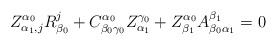
\begin{align*}Z^{\alpha_{0}}_{\alpha_{1},j}R^{j}_{\beta_{0}}+C^{\alpha_{0}}_{\beta_{0}\gamma_{0}}Z^{\gamma_{0}}_{\alpha_{1}}+Z^{\alpha_{0}}_{\beta_{1}}A^{\beta_{1}}_{\beta_{0}\alpha_{1}}=0\end{align*}